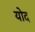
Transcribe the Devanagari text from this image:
योद